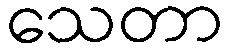
သေတာ